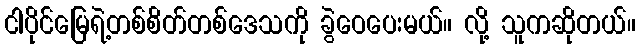
ငါပိုင်မြေရဲ့တစ်စိတ်တစ်ဒေသကို ခွဲဝေပေးမယ်။ လို့ သူကဆိုတယ်။